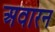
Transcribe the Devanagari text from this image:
अवारन